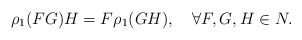
\begin{align*}\rho_1(FG)H = F\rho_1(GH), \quad \forall F,G,H\in N.\end{align*}